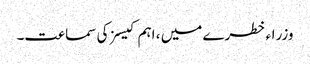
وزراء خطرے میں ، اہم کیسز کی سماعت۔